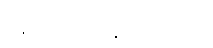
အသုံးပြုနေကြောင်း